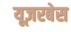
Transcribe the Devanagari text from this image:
यूज़रबेस